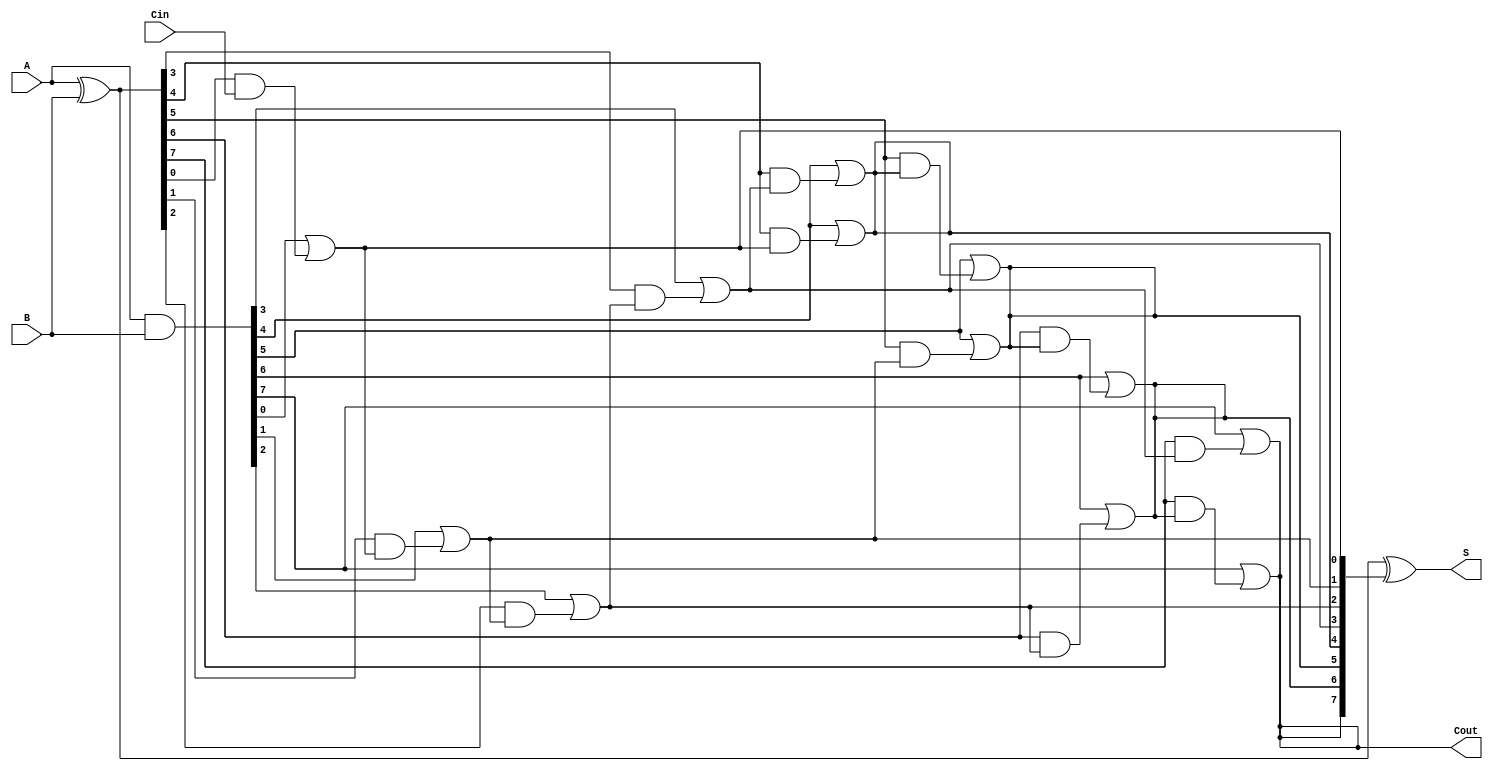
module brent_kung_adder #(
    parameter N = 8 // Number of bits
) (
    input  [N-1:0] A,    // First operand
    input  [N-1:0] B,    // Second operand
    input          Cin,   // Carry-in
    output [N-1:0] S,    // Sum output
    output         Cout    // Carry-out
);

    // Generate and propagate signals
    wire [N-1:0] G; // Generate
    wire [N-1:0] P; // Propagate
    wire [N:0] C;   // Carry signals

    // Generate and propagate calculations
    assign G = A & B;        // Generate
    assign P = A ^ B;        // Propagate

    // Carry computation using Brent-Kung structure
    // Level 0
    assign C[0] = Cin; // Initial carry in

    // Level 1
    genvar i;
    generate
        for (i = 0; i < N; i = i + 1) begin : carry_gen_level1
            assign C[i + 1] = G[i] | (P[i] & C[i]);
        end
    endgenerate

    // Level 2 and beyond (if needed)
    // For simplicity, we will only implement two levels in this example
    // Extend this for more levels as needed for larger N
    generate
        for (i = 0; i < N/2; i = i + 1) begin : carry_gen_level2
            assign C[i + N/2 + 1] = G[i + N/2] | (P[i + N/2] & C[i + 1]);
        end
    endgenerate

    // Sum computation
    assign S = P ^ C[N:1]; // Sum bits

    // Final carry out
    assign Cout = C[N];

endmodule